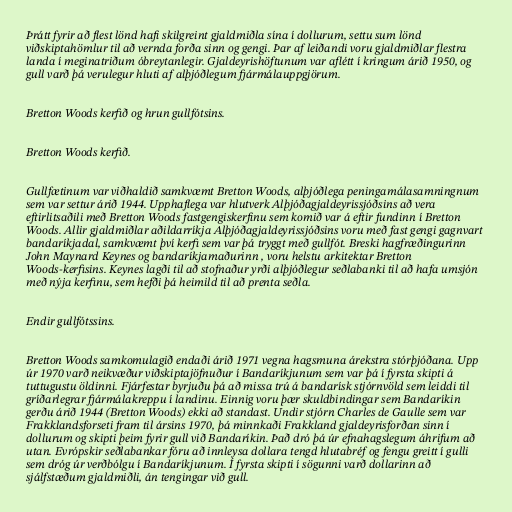
Þrátt fyrir að flest lönd hafi skilgreint gjaldmiðla sína í dollurum, settu sum lönd
viðskiptahömlur til að vernda forða sinn og gengi. Þar af leiðandi voru gjaldmiðlar flestra
landa í meginatriðum óbreytanlegir. Gjaldeyrishöftunum var aflétt í kringum árið 1950, og
gull varð þá verulegur hluti af alþjóðlegum fjármálauppgjörum.

Bretton Woods kerfið og hrun gullfótsins.

Bretton Woods kerfið.

Gullfætinum var viðhaldið samkvæmt Bretton Woods, alþjóðlega peningamálasamningnum
sem var settur árið 1944. Upphaflega var hlutverk Alþjóðagjaldeyrissjóðsins að vera
eftirlitsaðili með Bretton Woods fastgengiskerfinu sem komið var á eftir fundinn í Bretton
Woods. Allir gjaldmiðlar aðildarríkja Alþjóðagjaldeyrissjóðsins voru með fast gengi gagnvart
bandaríkjadal, samkvæmt því kerfi sem var þá tryggt með gullfót. Breski hagfræðingurinn
John Maynard Keynes og bandaríkjamaðurinn , voru helstu arkitektar Bretton
Woods-kerfisins. Keynes lagði til að stofnaður yrði alþjóðlegur seðlabanki til að hafa umsjón
með nýja kerfinu, sem hefði þá heimild til að prenta seðla.

Endir gullfótssins.

Bretton Woods samkomulagið endaði árið 1971 vegna hagsmuna árekstra stórþjóðana. Upp
úr 1970 varð neikvæður viðskiptajöfnuður í Bandaríkjunum sem var þá í fyrsta skipti á
tuttugustu öldinni. Fjárfestar byrjuðu þá að missa trú á bandarísk stjórnvöld sem leiddi til
gríðarlegrar fjármálakreppu í landinu. Einnig voru þær skuldbindingar sem Bandaríkin
gerðu árið 1944 (Bretton Woods) ekki að standast. Undir stjórn Charles de Gaulle sem var
Frakklandsforseti fram til ársins 1970, þá minnkaði Frakkland gjaldeyrisforðan sinn í
dollurum og skipti þeim fyrir gull við Bandaríkin. Það dró þá úr efnahagslegum áhrifum að
utan. Evrópskir seðlabankar fóru að innleysa dollara tengd hlutabréf og fengu greitt í gulli
sem dróg úr verðbólgu í Bandaríkjunum. Í fyrsta skipti í sögunni varð dollarinn að
sjálfstæðum gjaldmiðli, án tengingar við gull.